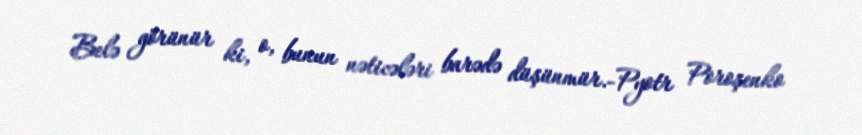
Belə görünür ki, o, bunun nəticələri barədə düşünmür.-Pyotr Poroşenko